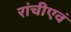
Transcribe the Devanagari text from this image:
रांचीएवं